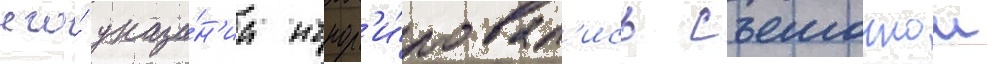
его́ указа́н'иа игнор'и́ровал'ись съемочнои